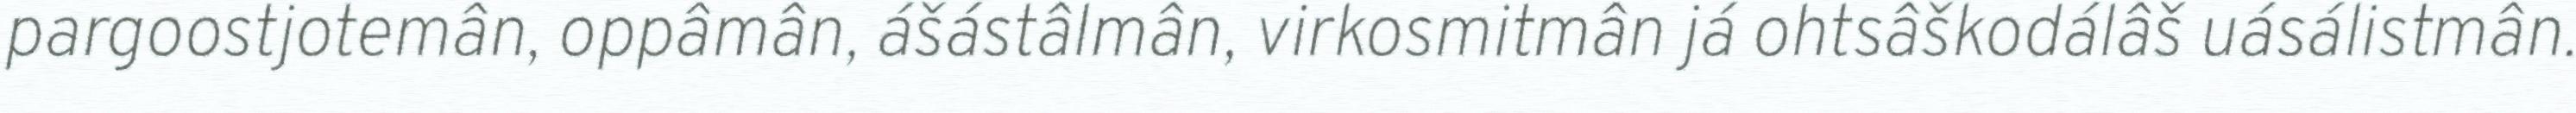
pargoostjotemân, oppâmân, ášástâlmân, virkosmitmân já ohtsâškodálâš uásálistmân.